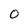
Character: o